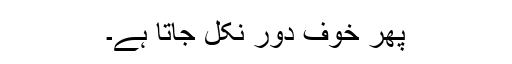
پھر خوف دور نکل جاتا ہے۔